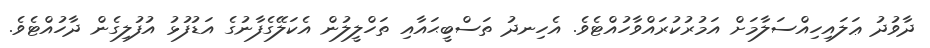
ދާވުދު ޢަލައިހިއްސަލާމަށް އަމުރުކުރައްވާހުއްޓެވެ. އެހިނދު ތަސްބީޙައާއި ތަހްލީލުން އެކަލޭގެފާނުގެ އަޑުފުޅު އުފުލިގެން ދާހުއްޓެވެ.